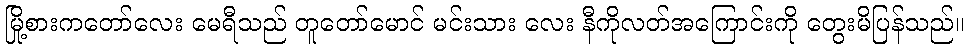
မြို့စားကတော်လေး မေရီသည် တူတော်မောင် မင်းသား လေး နီကိုလတ်အကြောင်းကို တွေးမိပြန်သည်။